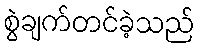
စွဲချက်တင်ခဲ့သည်